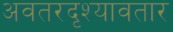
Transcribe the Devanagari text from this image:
अवतरदृश्यावतार